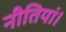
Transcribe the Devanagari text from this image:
नीतियां।